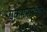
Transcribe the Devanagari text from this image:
एकसमानचाल